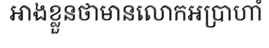
អាងខ្លួនថាមានលោកអប្រាហាំ